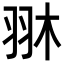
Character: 𦐔